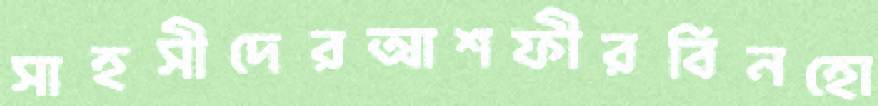
সাহসীদেরআশফীরবিনহো